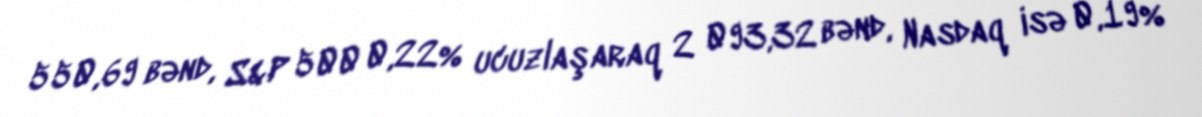
550,69 bənd, S&P 500 0,22% ucuzlaşaraq 2 093,32 bənd, Nasdaq isə 0,19%